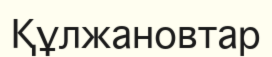
Құлжановтар